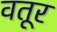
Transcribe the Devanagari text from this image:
वतूर